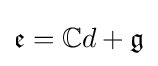
{\mathfrak {e}}=\mathbb {C} d+{\mathfrak {g}}